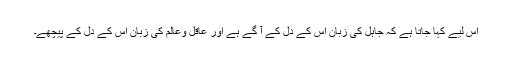
اس لیے کہا جاتا ہے کہ جاہل کی زبان اس کے دل کے آ گے ہے اور عاقل وعالم کی زبان اس کے دل کے پیچھے۔